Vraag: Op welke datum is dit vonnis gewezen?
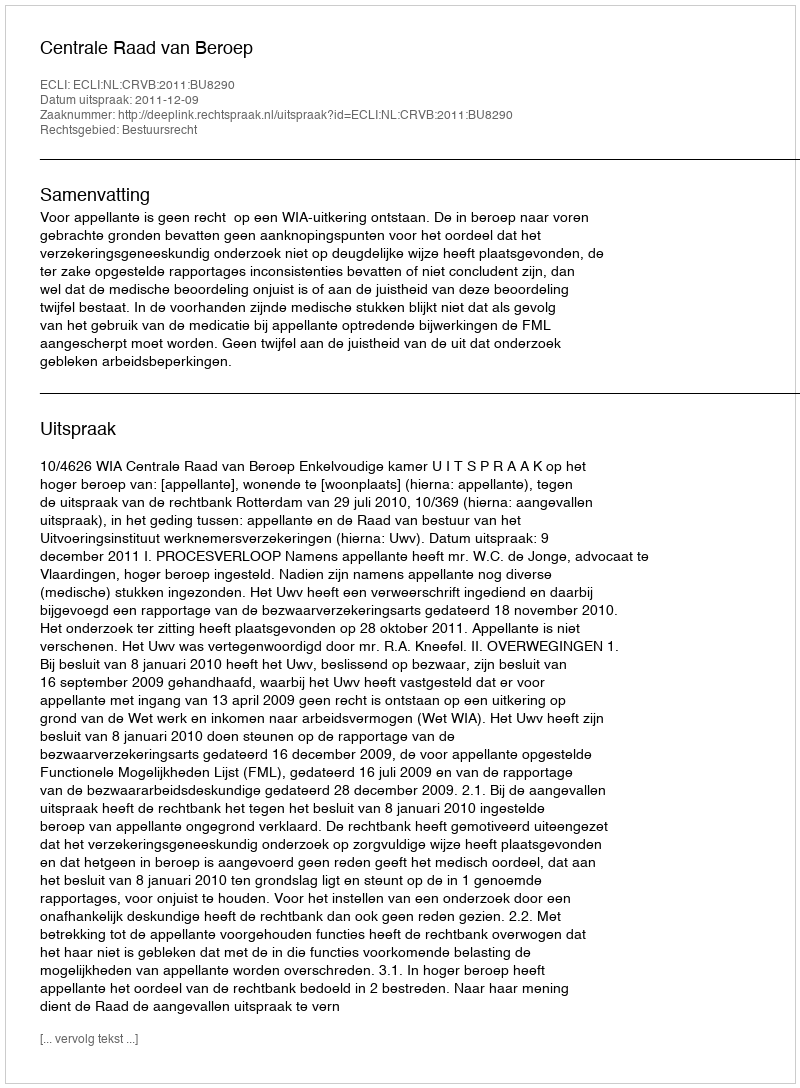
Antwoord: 2011-12-09